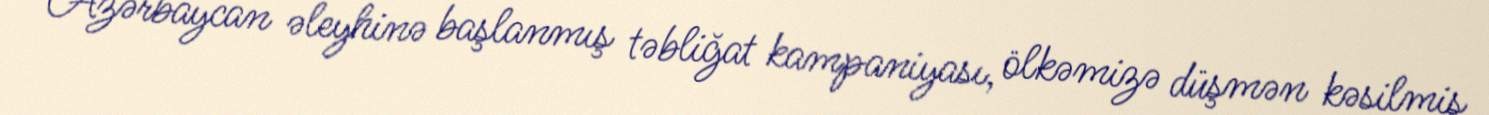
Azərbaycan əleyhinə başlanmış təbliğat kampaniyası, ölkəmizə düşmən kəsilmiş